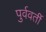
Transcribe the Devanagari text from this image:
पुर्ववर्ती